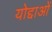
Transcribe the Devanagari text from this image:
योद्दाओं